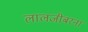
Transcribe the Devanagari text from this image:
लालजीबरना